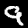
Label: 9